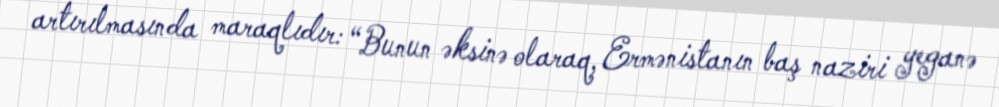
artırılmasında maraqlıdır: “Bunun əksinə olaraq, Ermənistanın baş naziri yeganə